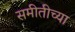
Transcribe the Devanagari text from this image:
समीतीच्या